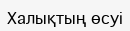
Халықтың өсуі